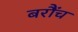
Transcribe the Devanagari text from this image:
बरौंच